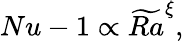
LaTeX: Nu-1\propto\widetilde{Ra}^{\xi},